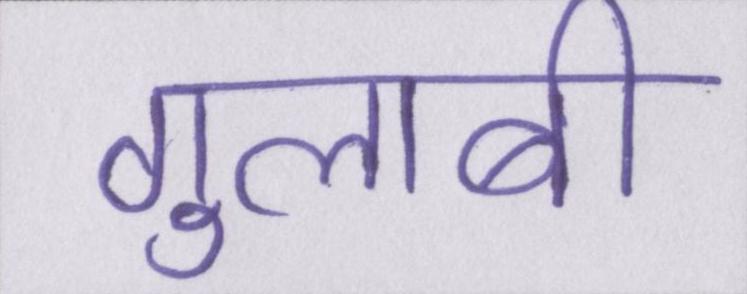
गुलाबी